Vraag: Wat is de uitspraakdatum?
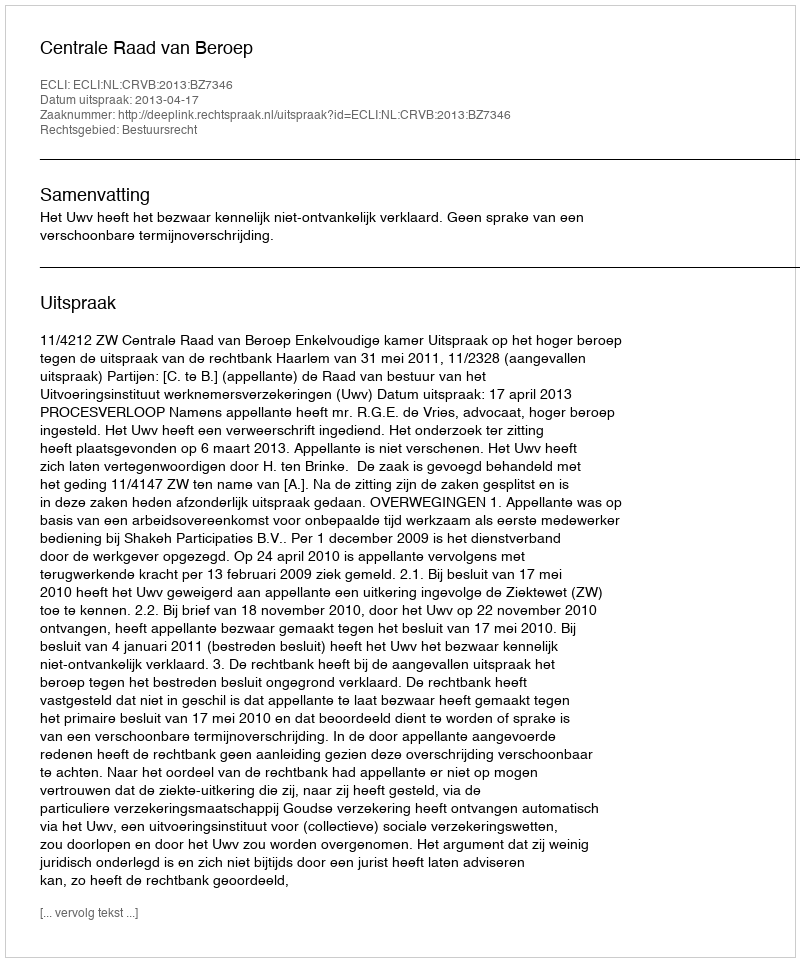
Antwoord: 2013-04-17